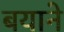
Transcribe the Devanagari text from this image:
बयाने